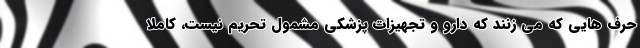
حرف هایی که می زنند که دارو و تجهیزات پزشکی مشمول تحریم نیست، کاملا